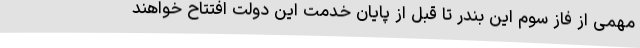
مهمی از فاز سوم این بندر تا قبل از پایان خدمت این دولت افتتاح خواهند